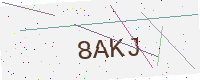
Text: 8AKJ